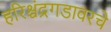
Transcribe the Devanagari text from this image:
हरिश्चंद्रगडावरचे